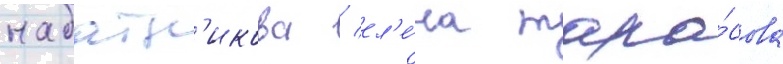
набатн'икова / ел'е́на тара́сова